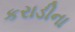
કરાડીના